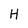
Character: H